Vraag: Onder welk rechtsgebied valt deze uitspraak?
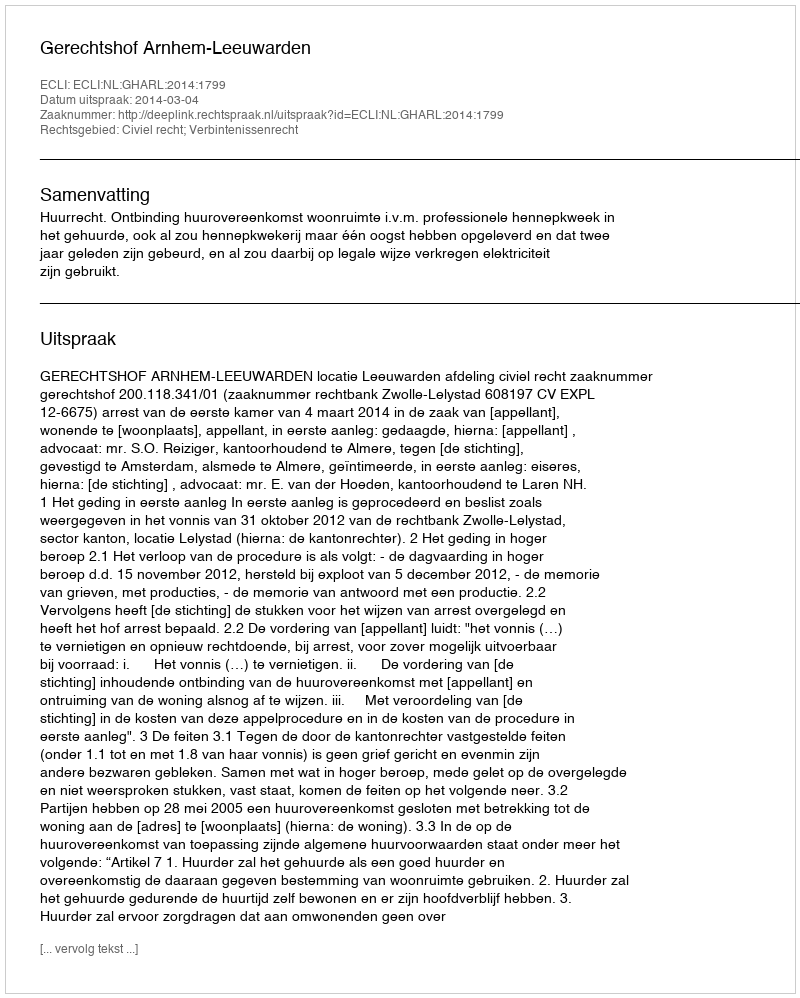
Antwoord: Civiel recht; Verbintenissenrecht